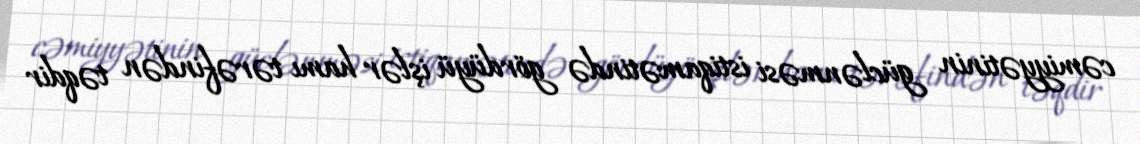
cəmiyyətinin güclənməsi istiqamətində gördüyü işlər hamı tərəfindən təqdir